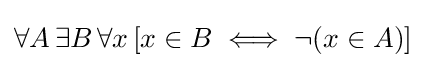
\forall A\,\exists B\,\forall x\,[x\in B\iff \neg (x\in A)]